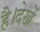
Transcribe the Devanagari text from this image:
है।देखें